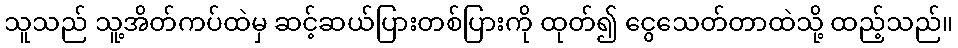
သူသည် သူ့အိတ်ကပ်ထဲမှ ဆင့်ဆယ်ပြားတစ်ပြားကို ထုတ်၍ ငွေသေတ်တာထဲသို့ ထည့်သည်။